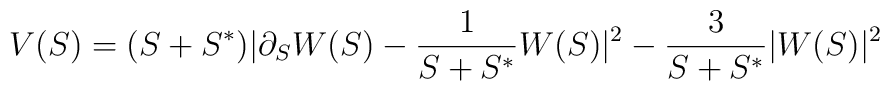
V(S)=(S + S^{*}) | \partial_S W(S) - \frac{1}{S+S^{*}}W(S)|^{2}-\frac{3}{S+S^{*}}|W(S)|^2